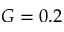
G = 0 . 2